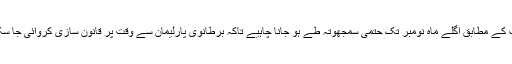
راب کے مطابق اگلے ماہ نومبر تک حتمی سمجھوتہ طے ہو جانا چاہیے تاکہ برطانوی پارلیمان سے وقت پر قانون سازی کروائی جا سکے۔